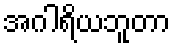
အဂါရိယဘူတာ